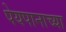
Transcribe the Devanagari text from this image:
पेयपानाच्या